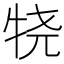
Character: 𰠴